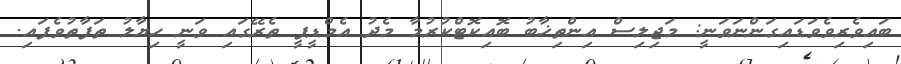
ބައިވެރިވެވަޑައިގަންނަވަނީ: މަޖިލިސް އިންތިޚާބު ބޮއިކޮޓްކުރުމާ މެދު އެމްޑީޕީ ތެރޭގައި ވަނީ ހިޔާލު ތަފާތުވެފައި.